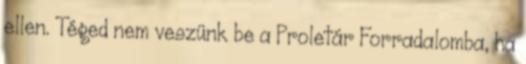
ellen. Téged nem veszünk be a Proletár Forradalomba, ha